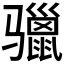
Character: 𩨐